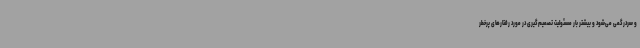
و سردرگمی می‌شود و بیشتر بار مسئولیت تصمیم‌گیری در مورد رفتارهای پرخطر